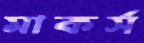
মাকর্স